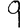
Digit: 9